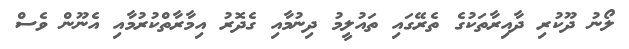
ލޯނު ދޫކުރި ދާއިރާތަކުގެ ތެރޭގައި ތައުލީމު ދިނުމާއި ގެދޮރު އިމާރާތްކުރުމާއި އެނޫން ވެސް